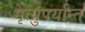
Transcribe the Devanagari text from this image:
मृत्युपर्यान्त